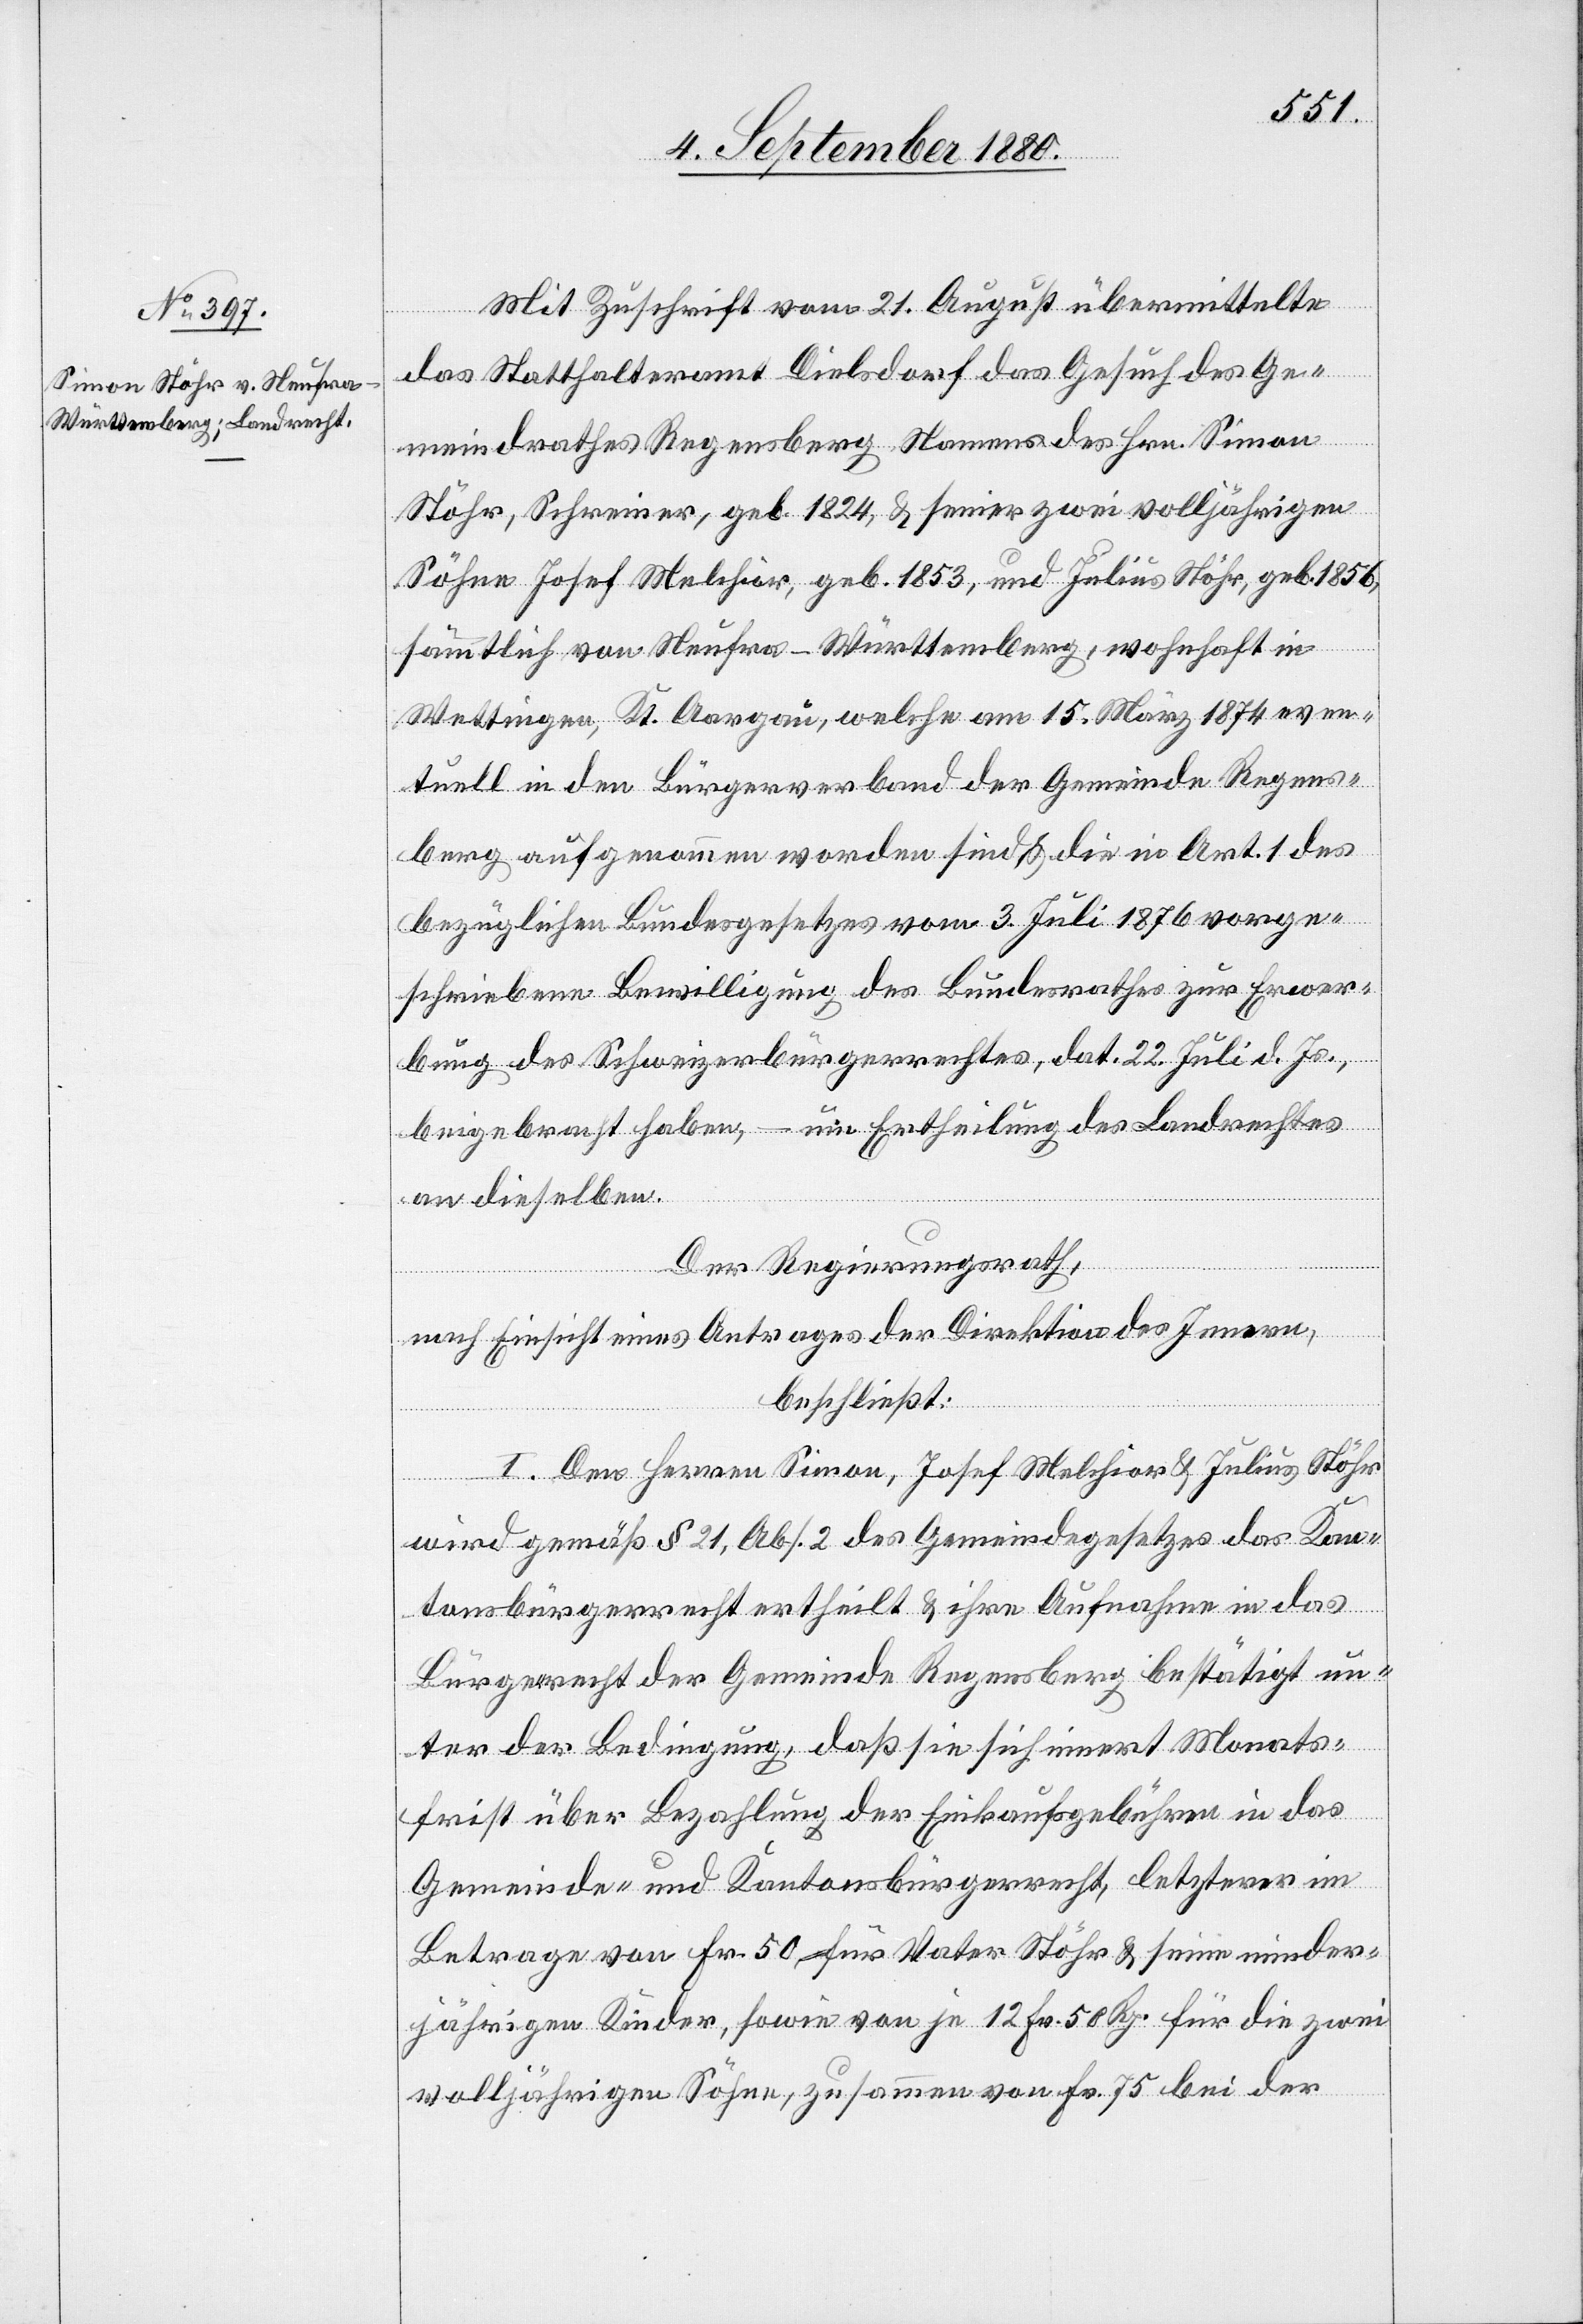
Mit Zuschrift vom 21. August übermittelte
das Statthalteramt Dielsdorf das Gesuch des Ge¬
meindrathes Regensberg Namens des Hrn. Simon
Stöhr, Schweizer, geb. 1824, und Julius Stöhr, geb. 1856, sämmtlich von
Wettingen, Kt. Aargau, welche am 15. März 1874 even¬
tuell in den Bürgerverband der Gemeinde Regens¬
berg aufgenommen worden sind & die in Art. 1 des
bezüglichen Bundesgesetzes vom 3. Juli 1876 vorge¬
schriebene Bewilligung des Bundesrathes zur Erwer¬
bung des Schweizerbürgerrechtes, dat. 22. Juli d. Js.
beigebracht haben, – um Ertheilung des Landrechtes
an dieselben.
Der Regierungsrath,
nach Einsicht eines Antrages der Direktion des Innern,
beschließt:
aft in
I. Den Herren Simon, Josef Melchior & Julius Stöhr
wird gemäß § 21, Abs. 2 des Gemeindegesetzes das Kan¬
tonsbürgerrecht ertheilt & ihre Aufnahme in das
Bürgerrecht der Gemeinde Regensberg bestätigt un¬
ter der Bedingung, daß sie sich innert Monats¬
frist über Bezahlung der Einkaufsgebühr in das
Gemeinde- und Kantonsbürgerrecht, letzterer im
Betrage von Fr. 50 für Vater Stöhr & seine minder¬
jährigen Kinder, sowie von je 12 Fr. 50 Rp. für die zwei
volljährigen Söhne, zusammen von Fr. 75 bei der